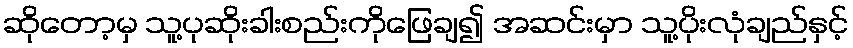
ဆိုတော့မှ သူ့ပုဆိုးခါးစည်းကိုဖြေချ၍ အဆင်းမှာ သူ့ပိုးလုံချည်နှင့်